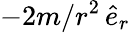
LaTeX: -2m/r^{2}\, \hat{e}_{r}